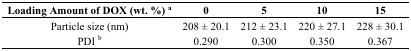
<table><thead><tr><td><b>Loading Amount of DOX (wt. %) <sup>a</sup></b></td><td><b>0</b></td><td><b>5</b></td><td><b>10</b></td><td><b>15</b></td></tr></thead><tbody><tr><td>Particle size (nm)</td><td>208 ± 20.1</td><td>212 ± 23.1</td><td>220 ± 27.1</td><td>228 ± 30.1</td></tr><tr><td>PDI <sup>b</sup></td><td>0.290</td><td>0.300</td><td>0.350</td><td>0.367</td></tr></tbody></table>